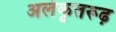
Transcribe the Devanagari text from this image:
अलंकृतरूढ़